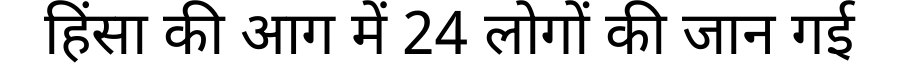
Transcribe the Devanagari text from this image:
हिंसा की आग में 24 लोगों की जान गई